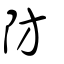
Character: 防